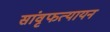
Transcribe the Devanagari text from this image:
सांवृफत्यायन